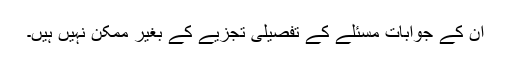
ان کے جوابات مسئلے کے تفصیلی تجزیے کے بغیر ممکن نہیں ہیں۔